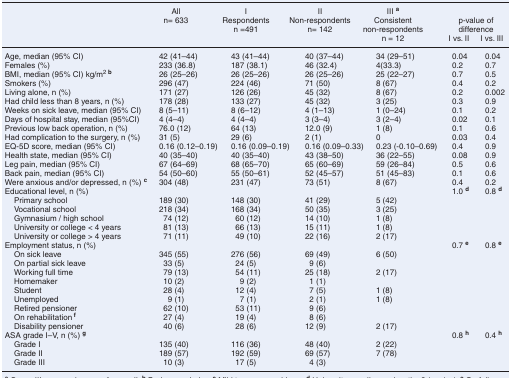
<table><thead><tr><td rowspan="2"></td><td rowspan="2"><b>Alln= 633</b></td><td rowspan="2"><b>IRespondentsn =491</b></td><td rowspan="2"><b>IINon-respondentsn= 142</b></td><td rowspan="2"><b>III <sup>a</sup>Consistent non-respondentsn = 12</b></td><td colspan="2"><b>p-value of difference</b></td></tr><tr><td><b>I vs. II</b></td><td><b>I vs. III</b></td></tr></thead><tbody><tr><td>Age, median (95% CI)</td><td>42 (41–44)</td><td>43 (41–44)</td><td>40 (37–44)</td><td>34 (29–51)</td><td>0.04</td><td>0.04</td></tr><tr><td>Females (%)</td><td>233 (36.8)</td><td>187 (38.1)</td><td>46 (32.4)</td><td>4(33.3)</td><td>0.2</td><td>0.7</td></tr><tr><td>BMI, median (95% CI) kg/m<sup>2</sup><sup><b>b</b></sup></td><td>26 (25–26)</td><td>26 (25–26)</td><td>26 (25–26)</td><td>25 (22–27)</td><td>0.7</td><td>0.5</td></tr><tr><td>Smokers (%)</td><td>296 (47)</td><td>224 (46)</td><td>71 (50)</td><td>8 (67)</td><td>0.4</td><td>0.2</td></tr><tr><td>Living alone, n (%)</td><td>171 (27)</td><td>126 (26)</td><td>45 (32)</td><td>8 (67)</td><td>0.2</td><td>0.002</td></tr><tr><td>Had child less than 8 years, n (%)</td><td>178 (28)</td><td>133 (27)</td><td>45 (32)</td><td>3 (25)</td><td>0.3</td><td>0.9</td></tr><tr><td>Weeks on sick leave, median (95% CI)</td><td>8 (5–11)</td><td>8 (6–12)</td><td>4 (1–13)</td><td>1 (0–24)</td><td>0.1</td><td>0.2</td></tr><tr><td>Days of hospital stay, median (95%CI)</td><td>4 (4–4)</td><td>4 (4–4)</td><td>3 (3–4)</td><td>3 (2–4)</td><td>0.02</td><td>0.1</td></tr><tr><td>Previous low back operation, n (%)</td><td>76.0 (12)</td><td>64 (13)</td><td>12.0 (9)</td><td>1 (8)</td><td>0.1</td><td>0.6</td></tr><tr><td>Had complication to the surgery, n (%)</td><td>31 (5)</td><td>29 (6)</td><td>2 (1)</td><td>0</td><td>0.03</td><td>0.4</td></tr><tr><td>EQ-5D score, median (95% CI)</td><td>0.16 (0.12–0.19)</td><td>0.16 (0.09–0.19)</td><td>0.16 (0.09–0.33)</td><td>0.23 (-0.10–0.69)</td><td>0.4</td><td>0.9</td></tr><tr><td>Health state, median (95% CI)</td><td>40 (35–40)</td><td>40 (35–40)</td><td>43 (38–50)</td><td>36 (22–55)</td><td>0.08</td><td>0.9</td></tr><tr><td>Leg pain, median (95% CI)</td><td>67 (64–69)</td><td>68 (65–70)</td><td>65 (60–69)</td><td>59 (26–84)</td><td>0.5</td><td>0.6</td></tr><tr><td>Back pain, median (95% CI)</td><td>54 (50–60)</td><td>55 (50–61)</td><td>52 (45–57)</td><td>51 (45–83)</td><td>0.1</td><td>0.6</td></tr><tr><td>Were anxious and/or depressed, n (%) <b><sup>c</sup></b></td><td>304 (48)</td><td>231 (47)</td><td>73 (51)</td><td>8 (67)</td><td>0.4</td><td>0.2</td></tr><tr><td>Educational level, n (%)</td><td></td><td></td><td></td><td></td><td>1.0 <b><sup>d</sup></b></td><td>0.8 <b><sup>d</sup></b></td></tr><tr><td> Primary school</td><td>189 (30)</td><td>148 (30)</td><td>41 (29)</td><td>5 (42)</td><td></td><td></td></tr><tr><td> Vocational school</td><td>218 (34)</td><td>168 (34)</td><td>50 (35)</td><td>3 (25)</td><td></td><td></td></tr><tr><td> Gymnasium / high school</td><td>74 (12)</td><td>60 (12)</td><td>14 (10)</td><td>1 (8)</td><td></td><td></td></tr><tr><td> University or college &lt; 4 years</td><td>81 (13)</td><td>66 (13)</td><td>15 (11)</td><td>1 (8)</td><td></td><td></td></tr><tr><td> University or college &gt; 4 years</td><td>71 (11)</td><td>49 (10)</td><td>22 (16)</td><td>2 (17)</td><td></td><td></td></tr><tr><td>Employment status, n (%)</td><td></td><td></td><td></td><td></td><td>0.7 <b><sup>e</sup></b></td><td>0.8 <b><sup>e</sup></b></td></tr><tr><td> On sick leave</td><td>345 (55)</td><td>276 (56)</td><td>69 (49)</td><td>6 (50)</td><td></td><td></td></tr><tr><td> On partial sick leave</td><td>33 (5)</td><td>24 (5)</td><td>9 (6)</td><td></td><td></td><td></td></tr><tr><td> Working full time</td><td>79 (13)</td><td>54 (11)</td><td>25 (18)</td><td>2 (17)</td><td></td><td></td></tr><tr><td> Homemaker</td><td>10 (2)</td><td>9 (2)</td><td>1 (1)</td><td></td><td></td><td></td></tr><tr><td> Student</td><td>28 (4)</td><td>12 (4)</td><td>7 (5)</td><td>1 (8)</td><td></td><td></td></tr><tr><td> Unemployed</td><td>9 (1)</td><td>7 (1)</td><td>2 (1)</td><td>1 (8)</td><td></td><td></td></tr><tr><td> Retired pensioner</td><td>62 (10)</td><td>53 (11)</td><td>9 (6)</td><td></td><td></td><td></td></tr><tr><td> On rehabilitation <sup><b>f</b></sup></td><td>27 (4)</td><td>19 (4)</td><td>8 (6)</td><td></td><td></td><td></td></tr><tr><td> Disability pensioner</td><td>40 (6)</td><td>28 (6)</td><td>12 (9)</td><td>2 (17)</td><td></td><td></td></tr><tr><td>ASA grade I–V, n (%) <b><sup>g</sup></b></td><td></td><td></td><td></td><td></td><td>0.8 <b><sup>h</sup></b></td><td>0.4 <b><sup>h</sup></b></td></tr><tr><td> Grade I</td><td>135 (40)</td><td>116 (36)</td><td>48 (40)</td><td>2 (22)</td><td></td><td></td></tr><tr><td> Grade II</td><td>189 (57)</td><td>192 (59)</td><td>69 (57)</td><td>7 (78)</td><td></td><td></td></tr><tr><td> Grade III</td><td>10 (3)</td><td>17 (5)</td><td>4 (3)</td><td></td><td></td><td></td></tr></tbody></table>